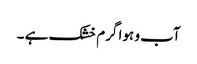
آب و ہوا گرم خشک ہے ۔